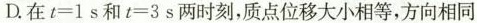
D.在 $$t = 1 s$$和$$t = 3 s$$两时刻，质点位移大小相等，方向相同